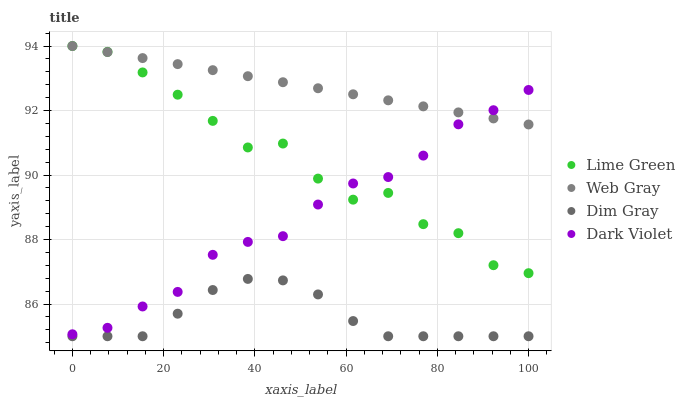
| xaxis_label | Lime Green | Web Gray | Dim Gray | Dark Violet |
 | --- | --- | --- | --- | --- |
 | 0 | 94 | 94 | 85 | 85.1 |
 | 7.69 | 93.8 | 93.8 | 85 | 85.3 |
 | 15.4 | 93.2 | 93.6 | 85 | 85.9 |
 | 23.1 | 92.5 | 93.4 | 85.7 | 86.4 |
 | 30.8 | 91.7 | 93.3 | 86.4 | 87.5 |
 | 38.5 | 90.9 | 93.1 | 86.8 | 87.9 |
 | 46.2 | 91 | 92.9 | 86.7 | 88.1 |
 | 53.8 | 89.9 | 92.7 | 86.3 | 89.1 |
 | 61.5 | 89.2 | 92.5 | 85.5 | 89.7 |
 | 69.2 | 89.4 | 92.3 | 85 | 89.9 |
 | 76.9 | 88.5 | 92.1 | 85 | 90.6 |
 | 84.6 | 88.2 | 91.9 | 85 | 91.6 |
 | 92.3 | 87.2 | 91.8 | 85 | 92 |
 | 100 | 87 | 91.6 | 85 | 92.6 |